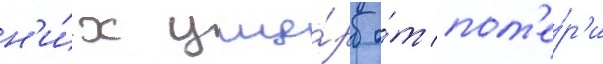
н'и́х уще́рб о́т пот'е́р'и